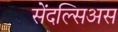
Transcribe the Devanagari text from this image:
सेंदल्सिअस